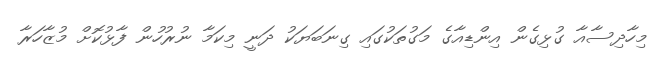
މިހާދިސާއާ ގުޅިގެން އިންޑިއާގެ މަގުތަކުގައި ގިނަބަޔަކު ދަނީ މިކަމާ ނުރުހުން ފާޅުކޮށް މުޒާހަރާ